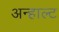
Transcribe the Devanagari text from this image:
अन्हाल्ट